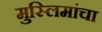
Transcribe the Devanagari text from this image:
मुस्लिमांचा